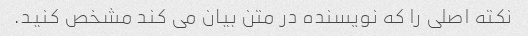
نکته اصلی را که نویسنده در متن بیان می کند مشخص کنید.